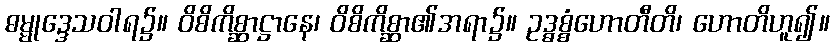
ဓမ္မုဒ္ဒေသဝါရ၌။ ဝိစိကိစ္ဆာဋ္ဌာနေ၊ ဝိစိကိစ္ဆာ၏အရာ၌။ ဥဒ္ဓစ္စံဟောတီတိ၊ ဟောတိဟူ၍။